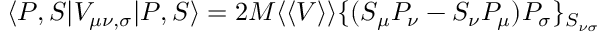
\langle P , S | V _ { \mu \nu , \sigma } | P , S \rangle = 2 M \langle \langle V \rangle \rangle \{ ( S _ { \mu } P _ { \nu } - S _ { \nu } P _ { \mu } ) P _ { \sigma } \} _ { S _ { \nu \sigma } }